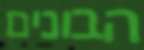
הבונים